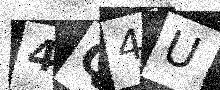
Text: 4Q4U